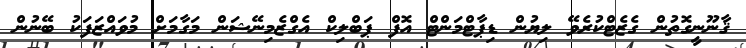
ޤާނޫނީގޮތުން ގެޒެޓްކުރެވޭ ލިޔުން ޑިޕާޓްމަންޓް އޮފް ޕަބްލިކް އެގްޒެމިނޭޝަން މަގާމަށް މުވައްޒަފަކު ބޭނުން